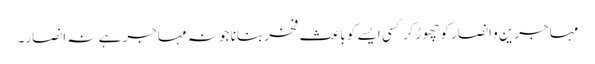
مہاجرین و انصار کو چھوڑ کر کسی ایسے کو باعث فخر بنانا جو نہ مہاجر ہے نہ انصار۔